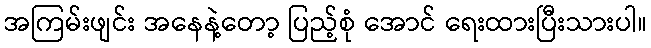
အကြမ်းဖျင်း အနေနဲ့တော့ ပြည့်စုံ အောင် ရေးထားပြီးသားပါ။